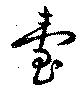
台